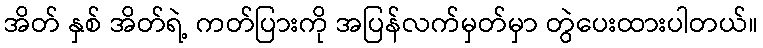
အိတ် နှစ် အိတ်ရဲ့ ကတ်ပြားကို အပြန်လက်မှတ်မှာ တွဲပေးထားပါတယ်။